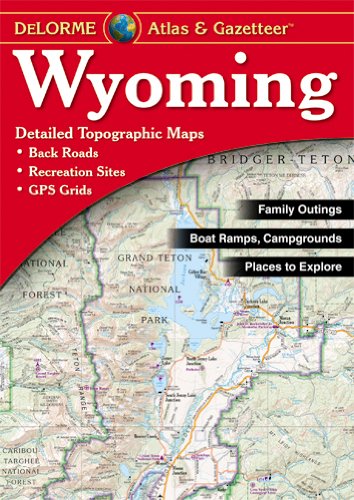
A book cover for Wyoming Atlas & Gazetteer; Delorme; Reference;